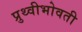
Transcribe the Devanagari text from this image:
प्रुथ्वीभोवती